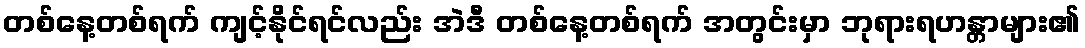
တစ်နေ့တစ်ရက် ကျင့်နိုင်ရင်လည်း အဲဒီ တစ်နေ့တစ်ရက် အတွင်းမှာ ဘုရားရဟန္တာများ၏